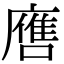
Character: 噟